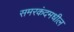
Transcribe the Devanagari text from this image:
समरकंदमधील